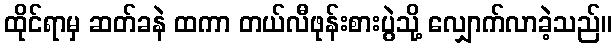
ထိုင်ရာမှ ဆတ်ခနဲ ထကာ တယ်လီဖုန်းစားပွဲသို့ လျှောက်လာခဲ့သည်။